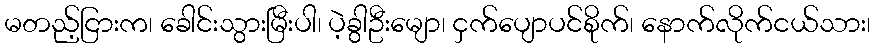
မတည့်ငြားက၊ ခေါင်းသွားမြီးပါ၊ ပဲ့ခွါဦးမျော၊ ငှက်ပျောပင်စိုက်၊ နောက်လိုက်ငယ်သား၊